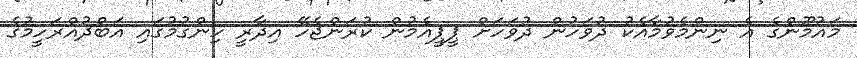
މައުމޫންގެ އެ ނިންމެވުމާއެކު ދުވަހުން ދުވަހަށް ޕީޕީއެމުން ކުރަންޖެހޭ އިދާރީ ހިންގުމުގައި އަބްދުއްރަހީމުގެ